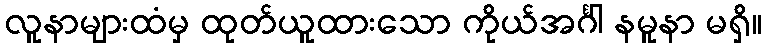
လူနာများထံမှ ထုတ်ယူထားသော ကိုယ်အင်္ဂါ နမူနာ မရှိ။